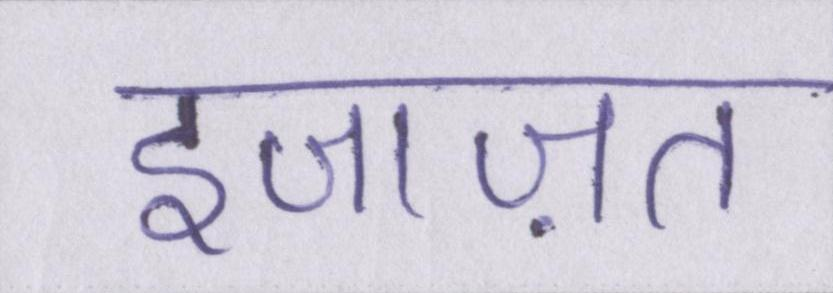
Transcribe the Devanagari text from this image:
इजाज़त